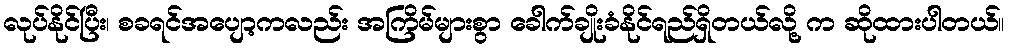
လုပ်နိုင်ပြီး၊ စခရင်အပျော့ကလည်း အကြိမ်များစွာ ခေါက်ချိုးခံနိုင်ရည်ရှိတယ်လို့ က ဆိုထားပါတယ်။